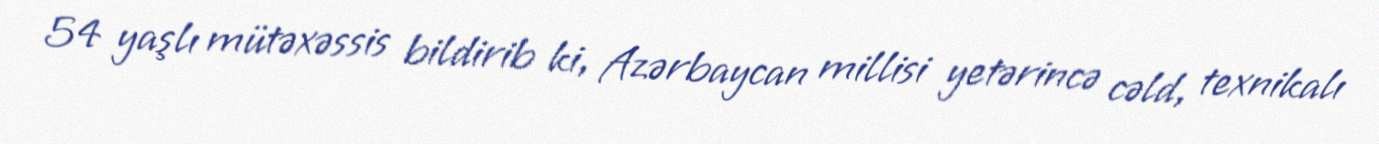
54 yaşlı mütəxəssis bildirib ki, Azərbaycan millisi yetərincə cəld, texnikalı